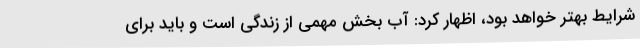
شرایط بهتر خواهد بود، اظهار کرد: آب بخش مهمی از زندگی است و باید برای